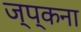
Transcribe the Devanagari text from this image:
ज्प्कना